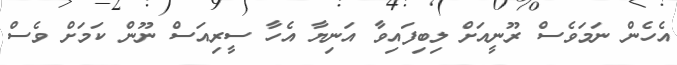
އެހެން ނަމަވެސް ރޫނީއަށް ލިބިފައިވާ އަނިޔާ އެހާ ސީރިއަސް ނޫން ކަމަށް ވެސް